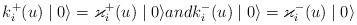
LaTeX: \begin{align*}k_{i}^{+}(u)\mid0 \rangle=\varkappa_{i}^{+}(u)\mid0 \rangle and k_{i}^{-}(u)\mid0 \rangle=\varkappa_{i}^{-}(u)\mid0\rangle\end{align*}